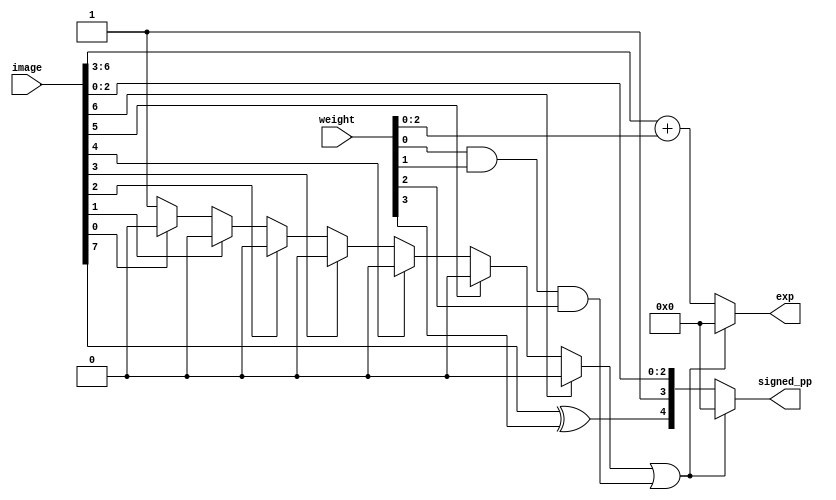
module partial_product_generator(input [7:0] image, 
                                 input [3:0] weight, 
                                 output reg [4:0] signed_pp, 
                                 output reg [4:0] exp);
    
    integer i;
    reg sign;
    reg image_zero;
    reg weight_zero;
    reg zero;
    
    always @ (image or weight) begin
        // signed significant
        sign = image[7] ^ weight[3];

        // zero detect        
        image_zero = 1;
        for (i=0; i<7; i=i+1) begin
            if (image[i]) image_zero = 0;
        end
        weight_zero = weight[0] & weight[1] & weight[2];
        zero = image_zero | weight_zero;

        // signed_pp mux and exp mux
        if (zero) begin
            signed_pp = 5'b0;
            exp = 5'b0; 
        end
        else begin
            signed_pp = {sign, 1'b1, image[2:0]};
            exp = image[6:3] + weight[2:0];
        end
    end

endmodule